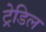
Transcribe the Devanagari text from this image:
ट्रेडिल